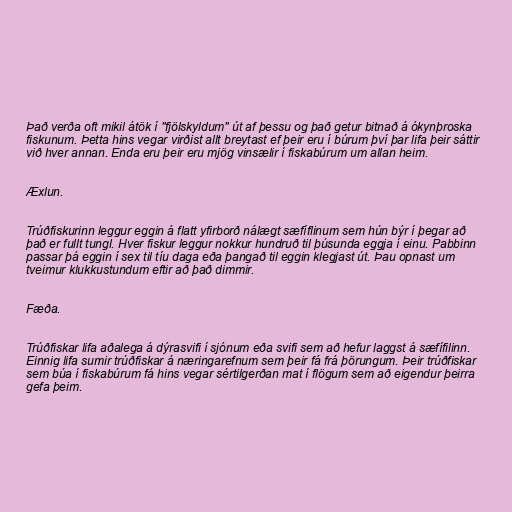
Það verða oft mikil átök í "fjölskyldum" út af þessu og það getur bitnað á ókynþroska
fiskunum. Þetta hins vegar virðist allt breytast ef þeir eru í búrum því þar lifa þeir sáttir
við hver annan. Enda eru þeir eru mjög vinsælir í fiskabúrum um allan heim.

Æxlun.

Trúðfiskurinn leggur eggin á flatt yfirborð nálægt sæfíflinum sem hún býr í þegar að
það er fullt tungl. Hver fiskur leggur nokkur hundruð til þúsunda eggja í einu. Pabbinn
passar þá eggin í sex til tíu daga eða þangað til eggin klegjast út. Þau opnast um
tveimur klukkustundum eftir að það dimmir.

Fæða.

Trúðfiskar lifa aðalega á dýrasvifi í sjónum eða svifi sem að hefur laggst á sæfífilinn.
Einnig lifa sumir trúðfiskar á næringarefnum sem þeir fá frá þörungum. Þeir trúðfiskar
sem búa í fiskabúrum fá hins vegar sértilgerðan mat í flögum sem að eigendur þeirra
gefa þeim.